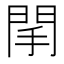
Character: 䦐